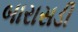
બારાસડી